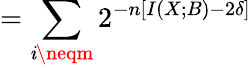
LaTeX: =\sum_{\mathit{i}\neqm}2^{-n\left[I\left(X;B\right)-2\delta\right]}